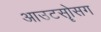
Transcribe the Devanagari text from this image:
आउटसोॄसग